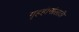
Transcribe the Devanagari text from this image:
गृहहीनांसाठी